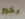
بخير